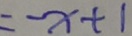
= - x + 1